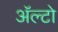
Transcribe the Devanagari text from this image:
अॅल्टो